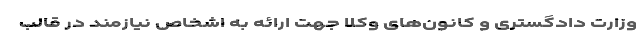
وزارت دادگستری و کانون‌های وکلا جهت ارائه به اشخاص نیازمند در قالب